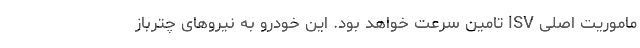
ماموریت اصلی ISV تامین سرعت خواهد بود. این خودرو به نیروهای چترباز